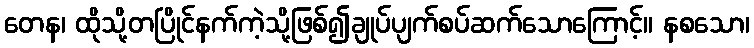
တေန၊ ထိုသို့တပြိုင်နက်ကဲ့သို့ဖြစ်၍ချုပ်ပျက်စပ်ဆက်သောကြောင့်။ နစသော၊